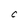
Character: C